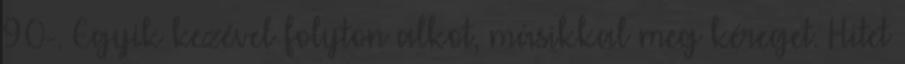
90-. Egyik kezével folyton alkot, másikkal meg kéreget. Hitet